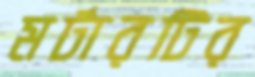
মর্টারটির